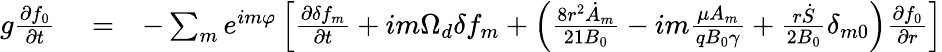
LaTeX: \begin{array}{rlr}{g\frac{\partial f_{0}}{\partial t}}&{{}=}&{-\sum_{m}e^{im\varphi}\left[\frac{\partial\delta f_{m}}{\partial t}+im\Omega_{d}\delta f_{m}+\left(\frac{8r^{2}\dot{A}_{m}}{21B_{0}}-im\frac{\mu A_{m}}{qB_{0}\gamma}+\frac{r\dot{S}}{2B_{0}}\delta_{m0}\right)\frac{\partial f_{0}}{\partial r}\right]}\end{array}